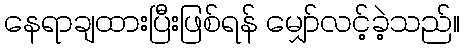
နေရာချထားပြီးဖြစ်ရန် မျှော်လင့်ခဲ့သည်။